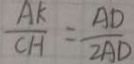
\frac { A K } { C H } = \frac { A D } { 2 A D }